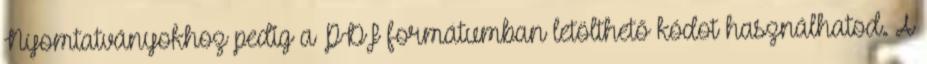
Nyomtatványokhoz pedig a PDF formátumban letölthető kódot használhatod. A